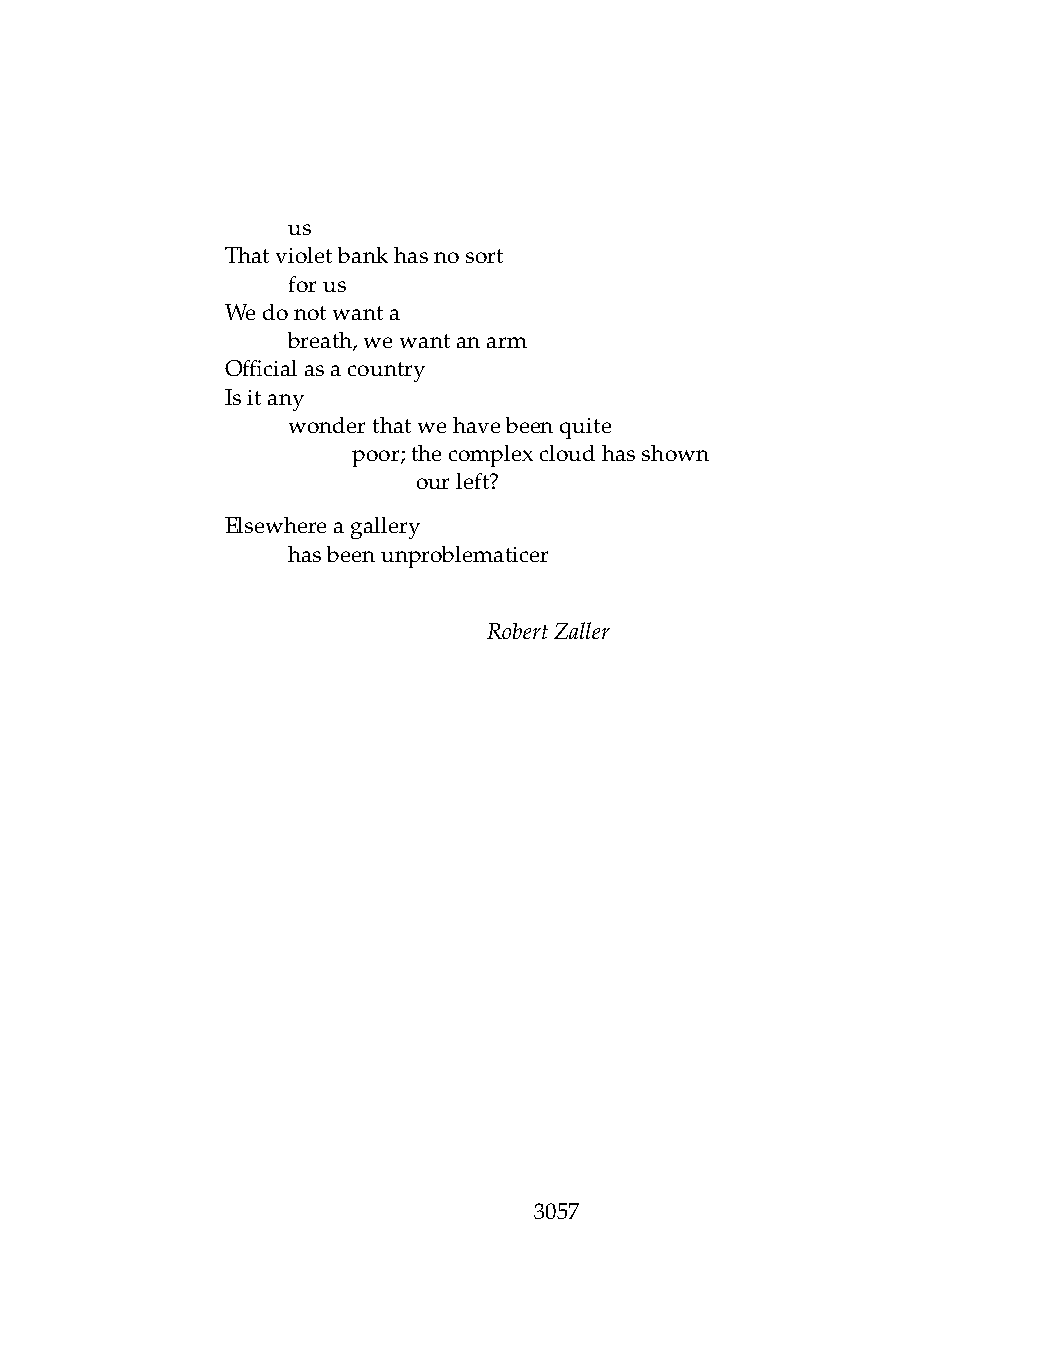
.   us
 Thatvioletbankhasnosort
 .   forus
 Wedonotwanta
 .   breath,wewantanarm
 Officialasacountry
 Isitany
 .   wonderthatwehavebeenquite
 .   .   poor;thecomplexcloudhasshown
 .   .   .    ourleft?
 Elsewhereagallery
 .   hasbeenunproblematicer
 RobertZaller
 3057